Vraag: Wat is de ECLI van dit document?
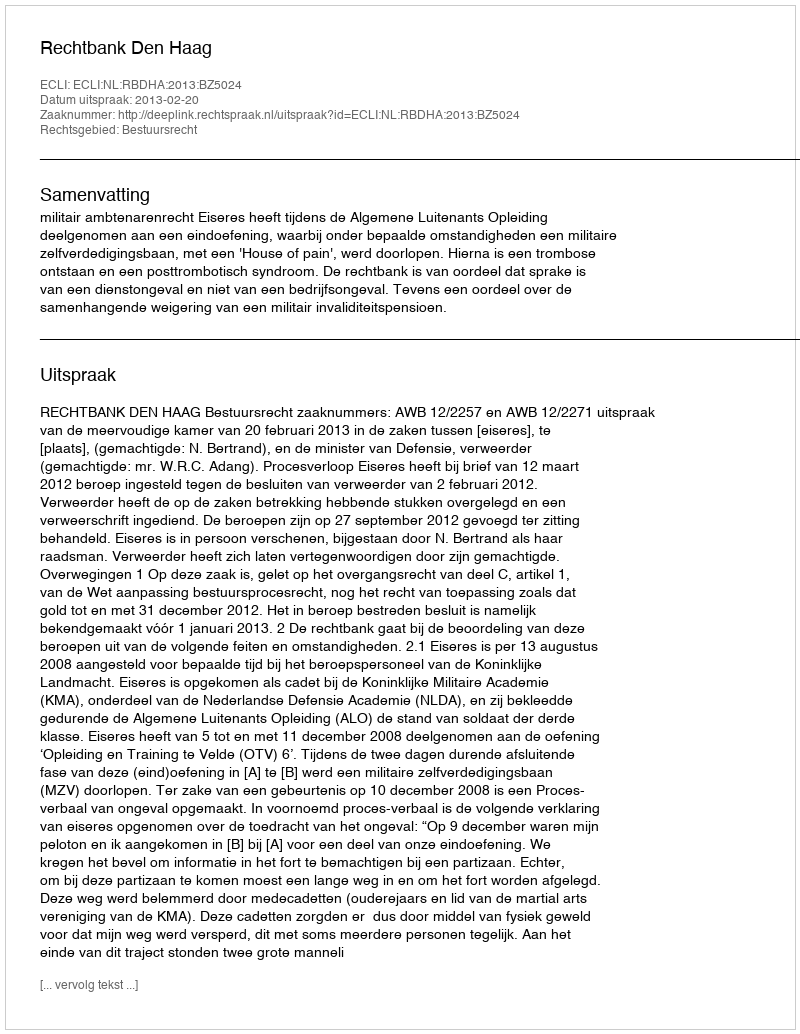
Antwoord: ECLI:NL:RBDHA:2013:BZ5024